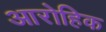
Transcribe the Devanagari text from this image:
आरोहिक